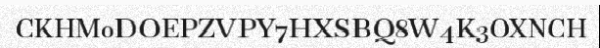
CKHM0DOEPZVPY7HXSBQ8W4K3OXNCH